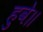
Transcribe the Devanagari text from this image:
हुवे॥